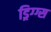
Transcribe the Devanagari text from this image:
ड्रिग्ग्स